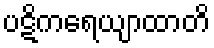
ပဋိကရေယျာထာတိ